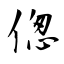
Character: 偬